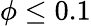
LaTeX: \phi\le 0.1